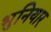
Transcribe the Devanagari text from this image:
भुनियार